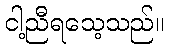
ငါ့ညီရသေ့သည်။